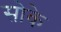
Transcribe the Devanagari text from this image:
सोके